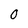
Character: 0